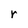
Character: r